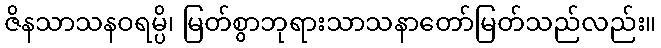
ဇိနသာသနဝရမ္ပိ၊ မြတ်စွာဘုရားသာသနာတော်မြတ်သည်လည်း။